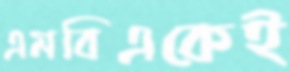
এমবিএকেই